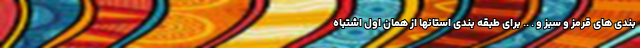
بندی های قرمز و سبز و . .. برای طبقه بندی استانها از همان اول اشتباه